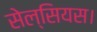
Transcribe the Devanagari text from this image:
सेल्सियस।